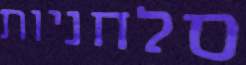
סלחניות